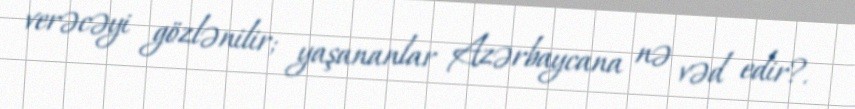
verəcəyi gözlənilir; yaşananlar Azərbaycana nə vəd edir?.